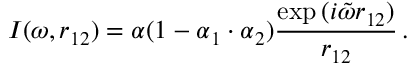
I ( \omega , r _ { 1 2 } ) = \alpha ( 1 - \boldsymbol { \alpha } _ { 1 } \cdot \boldsymbol { \alpha } _ { 2 } ) \frac { \exp { ( i \tilde { \omega } r _ { 1 2 } ) } } { r _ { 1 2 } } \, .